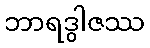
ဘာရဒွါဇဿ